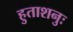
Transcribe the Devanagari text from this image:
हुताशनुः